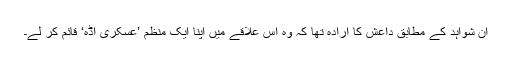
ان شواہد کے مطابق داعش کا ارادہ تھا کہ وہ اس علاقے میں اپنا ایک منظم ’عسکری اڈہ‘ قائم کر لے۔